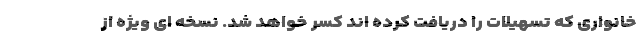
خانواری که تسهیلات را دریافت کرده اند کسر خواهد شد. نسخه ای ویژه از